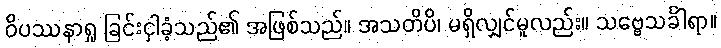
ဝိပဿနာရှု ခြင်းငှါခံ့သည်၏ အဖြစ်သည်။ အသတိပိ၊ မရှိလျှင်မူလည်း။ သဗ္ဗေသင်္ခါရာ။